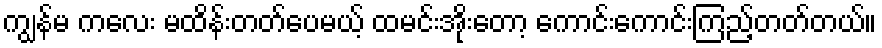
ကျွန်မ ကလေး မထိန်းတတ်ပေမယ့် ထမင်းအိုးတော့ ကောင်းကောင်းကြည့်တတ်တယ်။